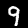
Label: 9